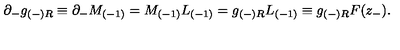
\partial _ { - } g _ { ( - ) R } \equiv \partial _ { - } M _ { ( - 1 ) } = M _ { ( - 1 ) } L _ { ( - 1 ) } = g _ { ( - ) R } L _ { ( - 1 ) } \equiv g _ { ( - ) R } { F } ( z _ { - } ) .